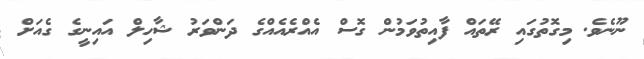
ނޫނެވެ. މިގޮތުގައި ރޭތައް ފާއިތުވަމުން ގޮސް އެއްރެއެއްގެ ދަންވަރު ޝާހިލް އައިނީގެ ގެއަށް